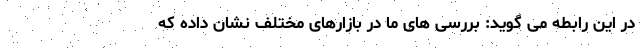
در این رابطه می گوید: بررسی های ما در بازارهای مختلف نشان داده که